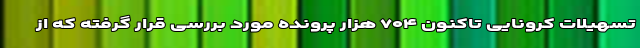
تسهیلات کرونایی تاکنون ۷۰۴ هزار پرونده مورد بررسی قرار گرفته که از